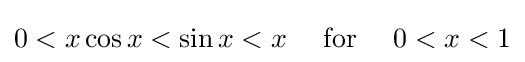
0<x\cos x<\sin x<x\quad {\text{ for }}\quad 0<x<1